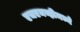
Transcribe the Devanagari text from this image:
एचएमव्हीमध्ये